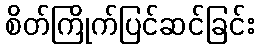
စိတ်ကြိုက်ပြင်ဆင်ခြင်း